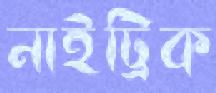
নাইট্রিক